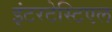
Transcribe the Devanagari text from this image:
इंटरटेस्टिएल